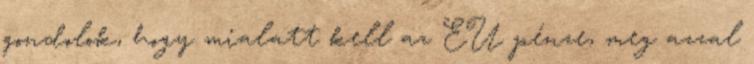
gondolok, hogy mialatt kell az EU pénze, meg azzal